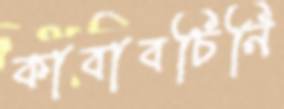
কাবাবচিনি